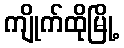
ကျိုက်ထိုမြို့